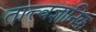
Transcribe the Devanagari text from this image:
तात्त्वज्ञानिक